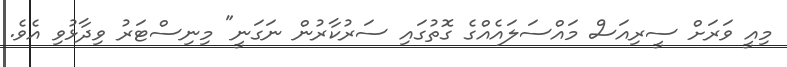
މިއީ ވަރަށް ސީރިއަސް މައްސަލައެއްގެ ގޮތުގައި ސަރުކާރުން ނަގަނީ" މިނިސްޓަރު ވިދާޅުވި އެވެ.